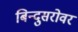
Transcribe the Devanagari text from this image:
बिन्दुसरोवर